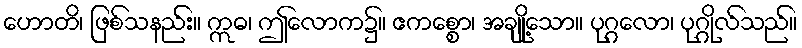
ဟောတိ၊ ဖြစ်သနည်း။ ဣဓ၊ ဤလောက၌။ ဧကစ္စော၊ အချို့သော။ ပုဂ္ဂလော၊ ပုဂ္ဂိုလ်သည်။